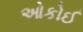
ઓકોઈ